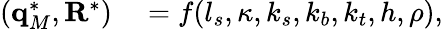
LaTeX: \begin{array}{rl}{(\mathbf q_{M}^{*},\mathbf R^{*})}&{{}=f(l_{s},\kappa,k_{s},k_{b},k_{t},h,\rho),}\end{array}